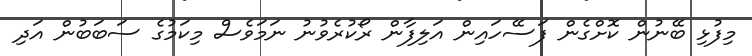
މިފުޅި ބޭނުން ކޮށްގެން ފަސޭހައިން އަލިފާން ރޯކުރެވުނު ނަމަވެސް މިކަމުގެ ސަބަބުން އަދި